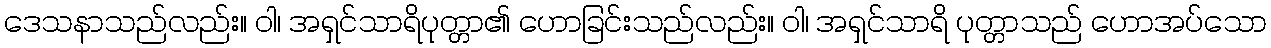
ဒေသနာသည်လည်း။ ဝါ၊ အရှင်သာရိပုတ္တာ၏ ဟောခြင်းသည်လည်း။ ဝါ၊ အရှင်သာရိ ပုတ္တာသည် ဟောအပ်သော